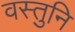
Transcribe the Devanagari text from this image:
वस्तुनि